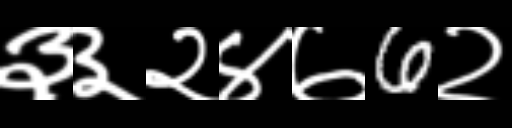
Text: ३३२४७6२